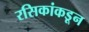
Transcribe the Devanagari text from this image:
रसिकांकडून